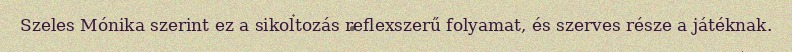
Szeles Mónika szerint ez a sikoltozás reflexszerű folyamat, és szerves része a játéknak.